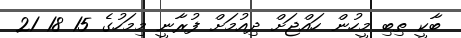
ބާކީ ތިބި މީހުން ހައްޖަށް ދިއުމަށް ފުރާނީ މިމަހުގެ 15 18 21